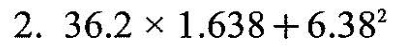
2.$$3 6 . 2 \times 1 . 6 3 8 + 6 . 3 8 ^ { 2 }$$